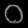
Digit: ၀